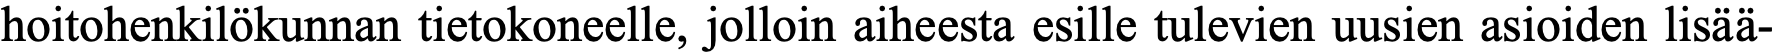
hoitohenkilökunnan tietokoneelle, jolloin aiheesta esille tulevien uusien asioiden lisää-